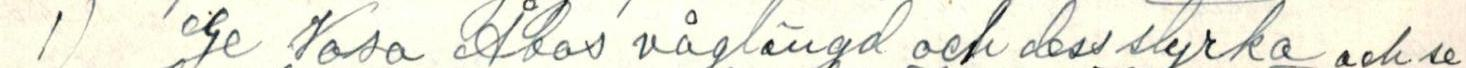
1)  Ge Vasa Åbos våglängd och dess styrka och se